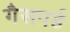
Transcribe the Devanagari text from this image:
गैसपर्ड